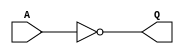
module f_not (A,Q);
	input A;
	output Q;
	assign Q 	= ~A;
endmodule